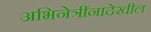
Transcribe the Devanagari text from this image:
अभिनेत्रींनादेखील